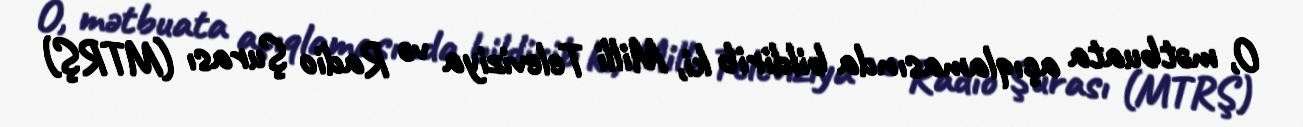
O, mətbuata açıqlamasında bildirib ki, Milli Televiziya və Radio Şurası (MTRŞ)